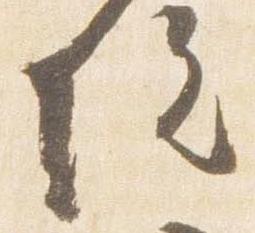
院